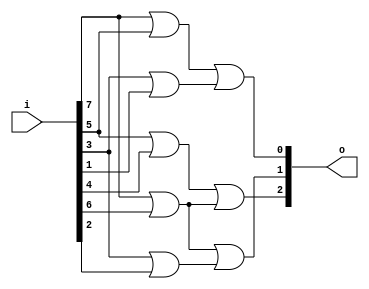
module encoder83(o,i);
    output [2:0]o;
    input [7:0]i;
    wire x,y,k,l,m;
    or u1(x,i[5],i[4]);
    or u2(y,i[7],i[6]);
    or u3(o[2],x,y);
    or u4(k,i[3],i[2]);
    or u5(o[1],y,k);
    or u6(l,i[7],i[5]);
    or u7(m,i[3],i[1]);
    or u8(o[0],l,m);
endmodule